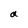
Character: a